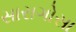
સારાગોસા